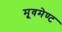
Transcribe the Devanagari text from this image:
मूवमेण्ट